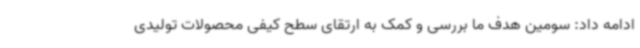
ادامه داد: سومین هدف ما بررسی و کمک به ارتقای سطح کیفی محصولات تولیدی